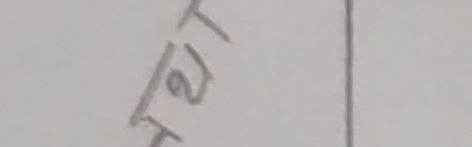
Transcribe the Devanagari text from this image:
रात